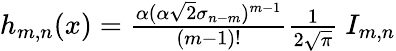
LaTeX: \begin{array}{r}{h_{m,n}(x)=\frac{\alpha(\alpha\sqrt{2}\sigma_{n-m})^{m-1}}{(m-1)!}\frac{1}{2\sqrt{\pi}}\ I_{m,n}}\end{array}